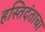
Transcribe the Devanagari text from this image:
हस्तिदंताचा